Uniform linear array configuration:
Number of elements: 32
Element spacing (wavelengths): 0.75
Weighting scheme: cosine
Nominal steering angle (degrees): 45
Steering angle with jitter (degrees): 45.967
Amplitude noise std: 0.05
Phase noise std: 0.05

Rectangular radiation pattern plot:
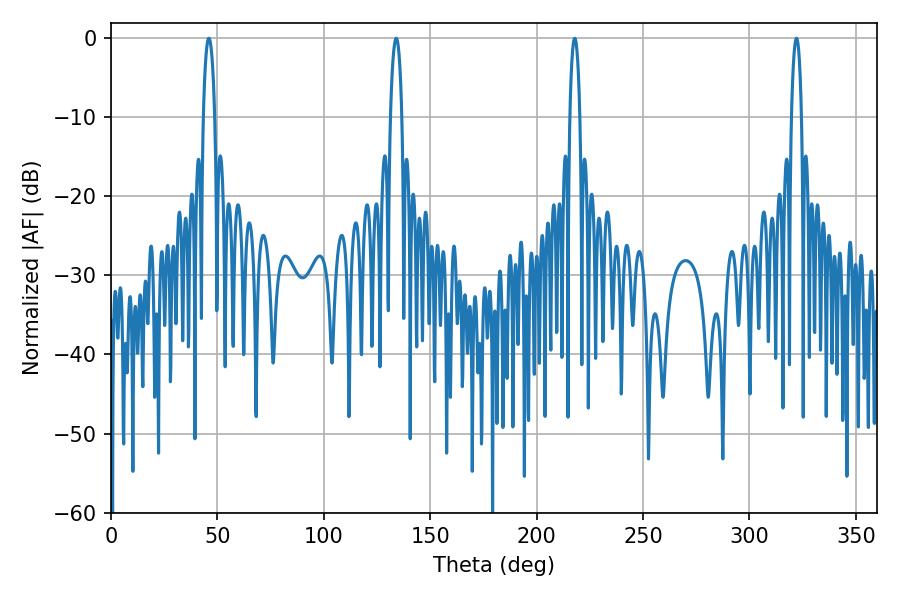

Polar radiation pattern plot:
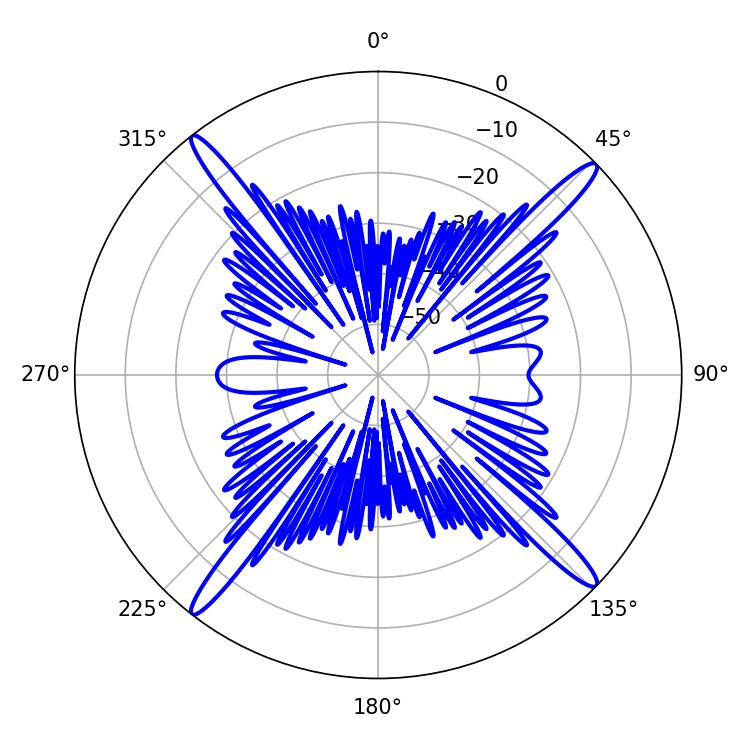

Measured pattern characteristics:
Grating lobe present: TRUE
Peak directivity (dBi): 19.653
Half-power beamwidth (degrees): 3.06
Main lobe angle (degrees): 45.9